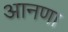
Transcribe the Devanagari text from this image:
आनणा